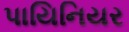
પાયિનિયર